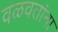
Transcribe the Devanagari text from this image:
वळवतांना